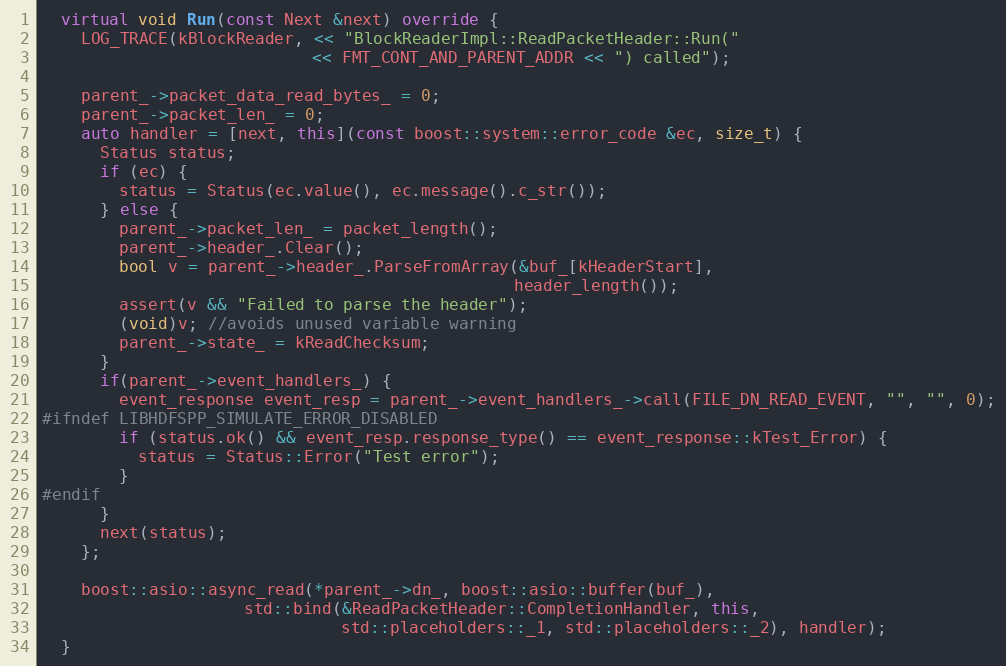
Language: C++
  virtual void Run(const Next &next) override {
    LOG_TRACE(kBlockReader, << "BlockReaderImpl::ReadPacketHeader::Run("
                            << FMT_CONT_AND_PARENT_ADDR << ") called");

    parent_->packet_data_read_bytes_ = 0;
    parent_->packet_len_ = 0;
    auto handler = [next, this](const boost::system::error_code &ec, size_t) {
      Status status;
      if (ec) {
        status = Status(ec.value(), ec.message().c_str());
      } else {
        parent_->packet_len_ = packet_length();
        parent_->header_.Clear();
        bool v = parent_->header_.ParseFromArray(&buf_[kHeaderStart],
                                                 header_length());
        assert(v && "Failed to parse the header");
        (void)v; //avoids unused variable warning
        parent_->state_ = kReadChecksum;
      }
      if(parent_->event_handlers_) {
        event_response event_resp = parent_->event_handlers_->call(FILE_DN_READ_EVENT, "", "", 0);
#ifndef LIBHDFSPP_SIMULATE_ERROR_DISABLED
        if (status.ok() && event_resp.response_type() == event_response::kTest_Error) {
          status = Status::Error("Test error");
        }
#endif
      }
      next(status);
    };

    boost::asio::async_read(*parent_->dn_, boost::asio::buffer(buf_),
                     std::bind(&ReadPacketHeader::CompletionHandler, this,
                               std::placeholders::_1, std::placeholders::_2), handler);
  }